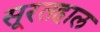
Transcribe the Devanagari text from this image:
सूरतहाल